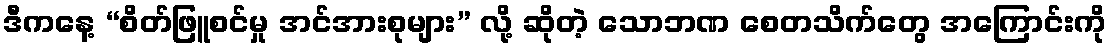
ဒီကနေ့ “စိတ်ဖြူစင်မှု အင်အားစုများ” လို့ ဆိုတဲ့ သောဘဏ စေတသိက်တွေ အကြောင်းကို